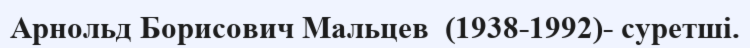
Арнольд Борисович Мальцев  (1938-1992)- суретші.